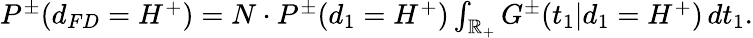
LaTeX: \begin{array}{r}{P^{\pm}(d_{FD}=H^{+})=N\cdot P^{\pm}(d_{1}=H^{+})\int_{\mathbb{R}_{+}}G^{\pm}(t_{1}|d_{1}=H^{+})\, dt_{1}.}\end{array}